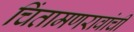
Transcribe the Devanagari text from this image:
चिंतामणरावांची